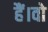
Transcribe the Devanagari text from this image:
हैं।वो